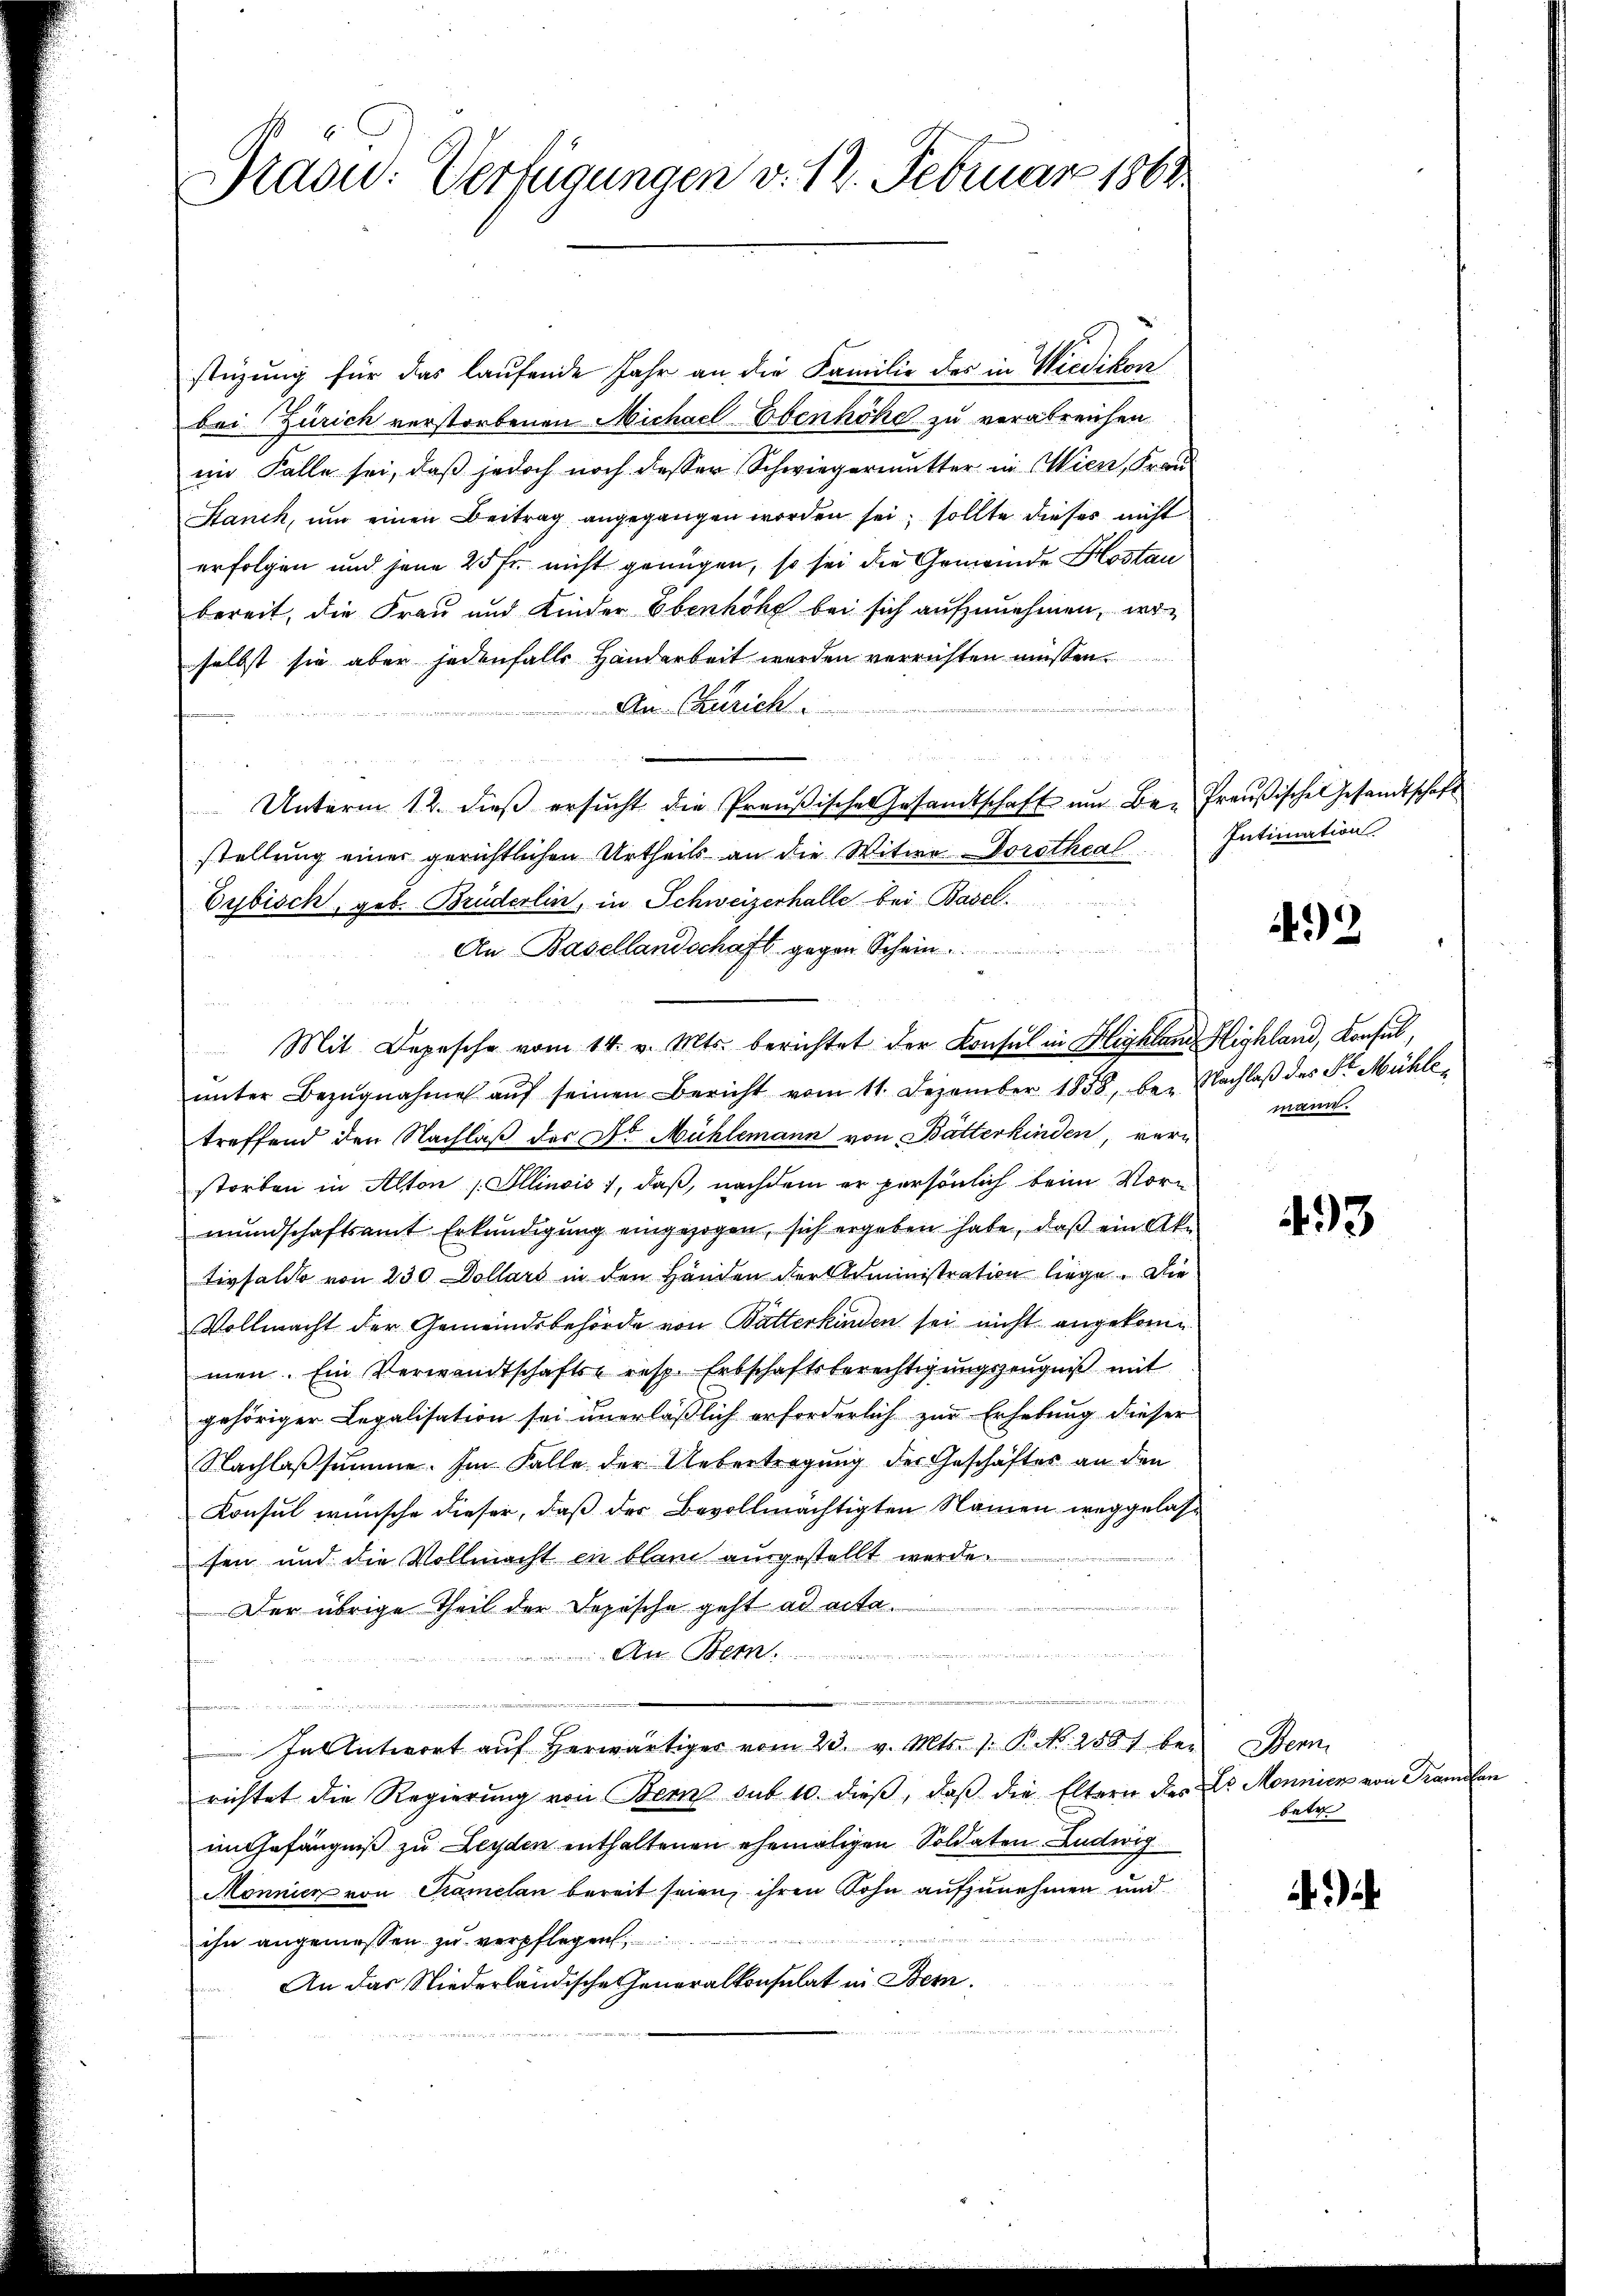
Braow: Verfügungen v. 12. Februar 1861

stüzung für das laufende Jahr an die Familie des in Wiedikon
bei Zürich verstorbenen Michael Ebenhöhe zu verabreichen
im Falle sei, daß jedoch noch desser Schwiegermutter in Wien, Frau
Sanck, um einen Beitrag angegangen worden sei; sollte dieses nicht
erfolgen und jene 25 Fr. nicht genügen, so sei die Gemeinde Hostan
bereit, die Frau und Kinder Ebenhöhe bei sich aufzunehmen, woselbst sie aber jedenfalls Handarbeit werden verrichten müssen.

An Zürich
e
Unterm 12. dieβ ersŭcht die Preußische Gesandtschaft um Be- Preußische Gesandtschaft
stellung einer gerichtlichen Urtheils an die Witwe Dorotheal
Eybisch, geb. Brüderlin, in Schweizerhalle bei Basel.
An Basellandschaft gegen Schein
Mit Depesche vom 14. v. Mts. berichtet der Konsul in Highland Highland, Konsul,
ŭnter Bezŭgnahme aŭf seinen Bericht vom 11. Dezember 1858, bei Nachlaβ des St. Mühletreffend den Nachlaß des Dr. Mühlemann von Batterkinden, vern
storben in Alton Illinois), daß, nachdem er persönlich beim Vormundschaftsamt Erkundigung eingezogen, sich ergeben habe, daß ein Aktivsaldo von 230 Dollars in den Händen der Administration liege. Die
Vollmacht der Gemeindsbehörde von Butterkinden sei nicht angekommen. Ein Verwandtschafts- resp. Erbschaftsberechtigŭngszeŭgniβ mit
gehöriger Legalisation sei unerläßlich erforderlich zur Erhebung dieser
Nachlassumme. Im Falle der Uebertragung der Geschäftes an den
Konsul wünsche dieser, daß der Bevollmächtigten Namen weggelassen und die Vollmacht in bland ausgestellt werde.
Der übrige Theil der Dopische geht ad ertae
A Ben
.
s
In Antwort auf herwärtiger vom 23. v. Mts. 1. P. Nr. 258) bei Bern
richtet die Regierŭng von Bern sub 10. dieβ, daβ die Eltern des L. Monnien von Translan
im Gefängniß zu Leyden enthaltenen ehemaligen Soldaten Ludwig
Mönnien von Tramelan bereit seien, ihren Sohn aufzunehmen und
ihn angemessen zu verpflegen
An das Niederländische Generalkonsulat in Bern.

Intimation.

432

mann.

493

betr